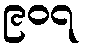
၉၀၇